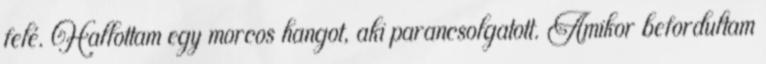
felé. Hallottam egy morcos hangot, aki parancsolgatott. Amikor befordultam